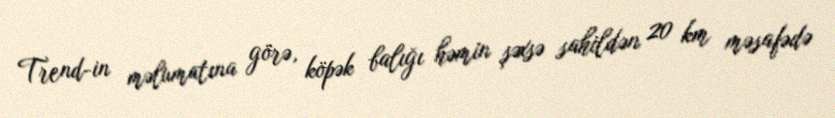
Trend-in məlumatına görə, köpək balığı həmin şəxsə sahildən 20 km məsafədə